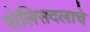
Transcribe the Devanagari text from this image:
पोलिसदलाचे